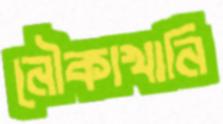
নৌকাখানি